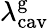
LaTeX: \lambda_{\mathrm{cav}}^{\mathrm{g}}